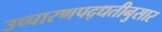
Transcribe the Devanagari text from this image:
उच्चारणपद्धतीनुसार